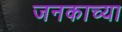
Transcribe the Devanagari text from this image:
जनकाच्या